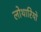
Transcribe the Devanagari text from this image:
लोथारियो